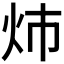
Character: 𮳝